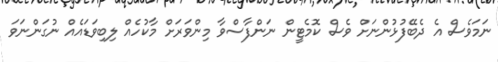
ނަމަވެސް އެ ދެބޭފުޅުންނަށް ވެސް ކޮމެޓީން ނަންފާސްވާ މިންވަރަށް މާކުހެއް ލިބިވަޑައެއް ނުގަންނަވަ